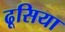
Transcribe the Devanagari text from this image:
ढूसिया